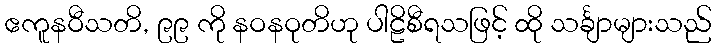
ဧကူနဝီသတိ, ၉၉ ကို နဝနဝုတိဟု ပါဠိစီရသဖြင့် ထို သင်္ချာများသည်